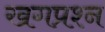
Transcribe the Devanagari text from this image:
खगप्रश्न